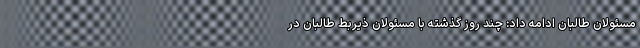
مسئولان طالبان ادامه داد: چند روز گذشته با مسئولان ذیربط طالبان در